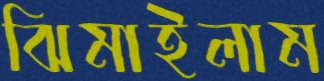
ঝিমাইলাম